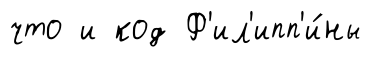
что и код Ф'ил'ипп'и́ны